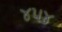
૪૫૪